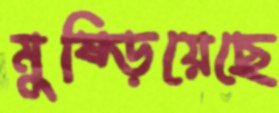
মুষ্‌ড়িয়েছে